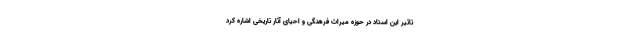
تاثیر این استاد در حوزه میراث فرهنگی و احیای آثار تاریخی اشاره کرد